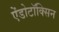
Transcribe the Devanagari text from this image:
ऐंडोटॉक्सिन